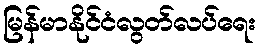
မြန်မာနိုင်ငံလွတ်လပ်ရေး